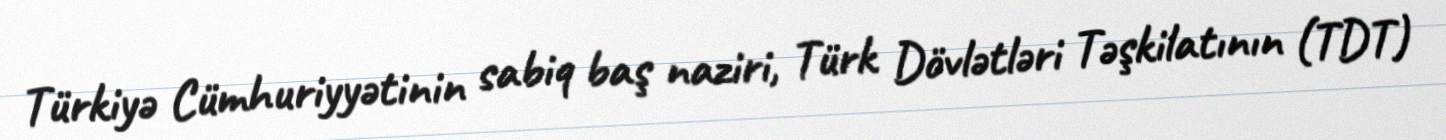
Türkiyə Cümhuriyyətinin sabiq baş naziri, Türk Dövlətləri Təşkilatının (TDT)